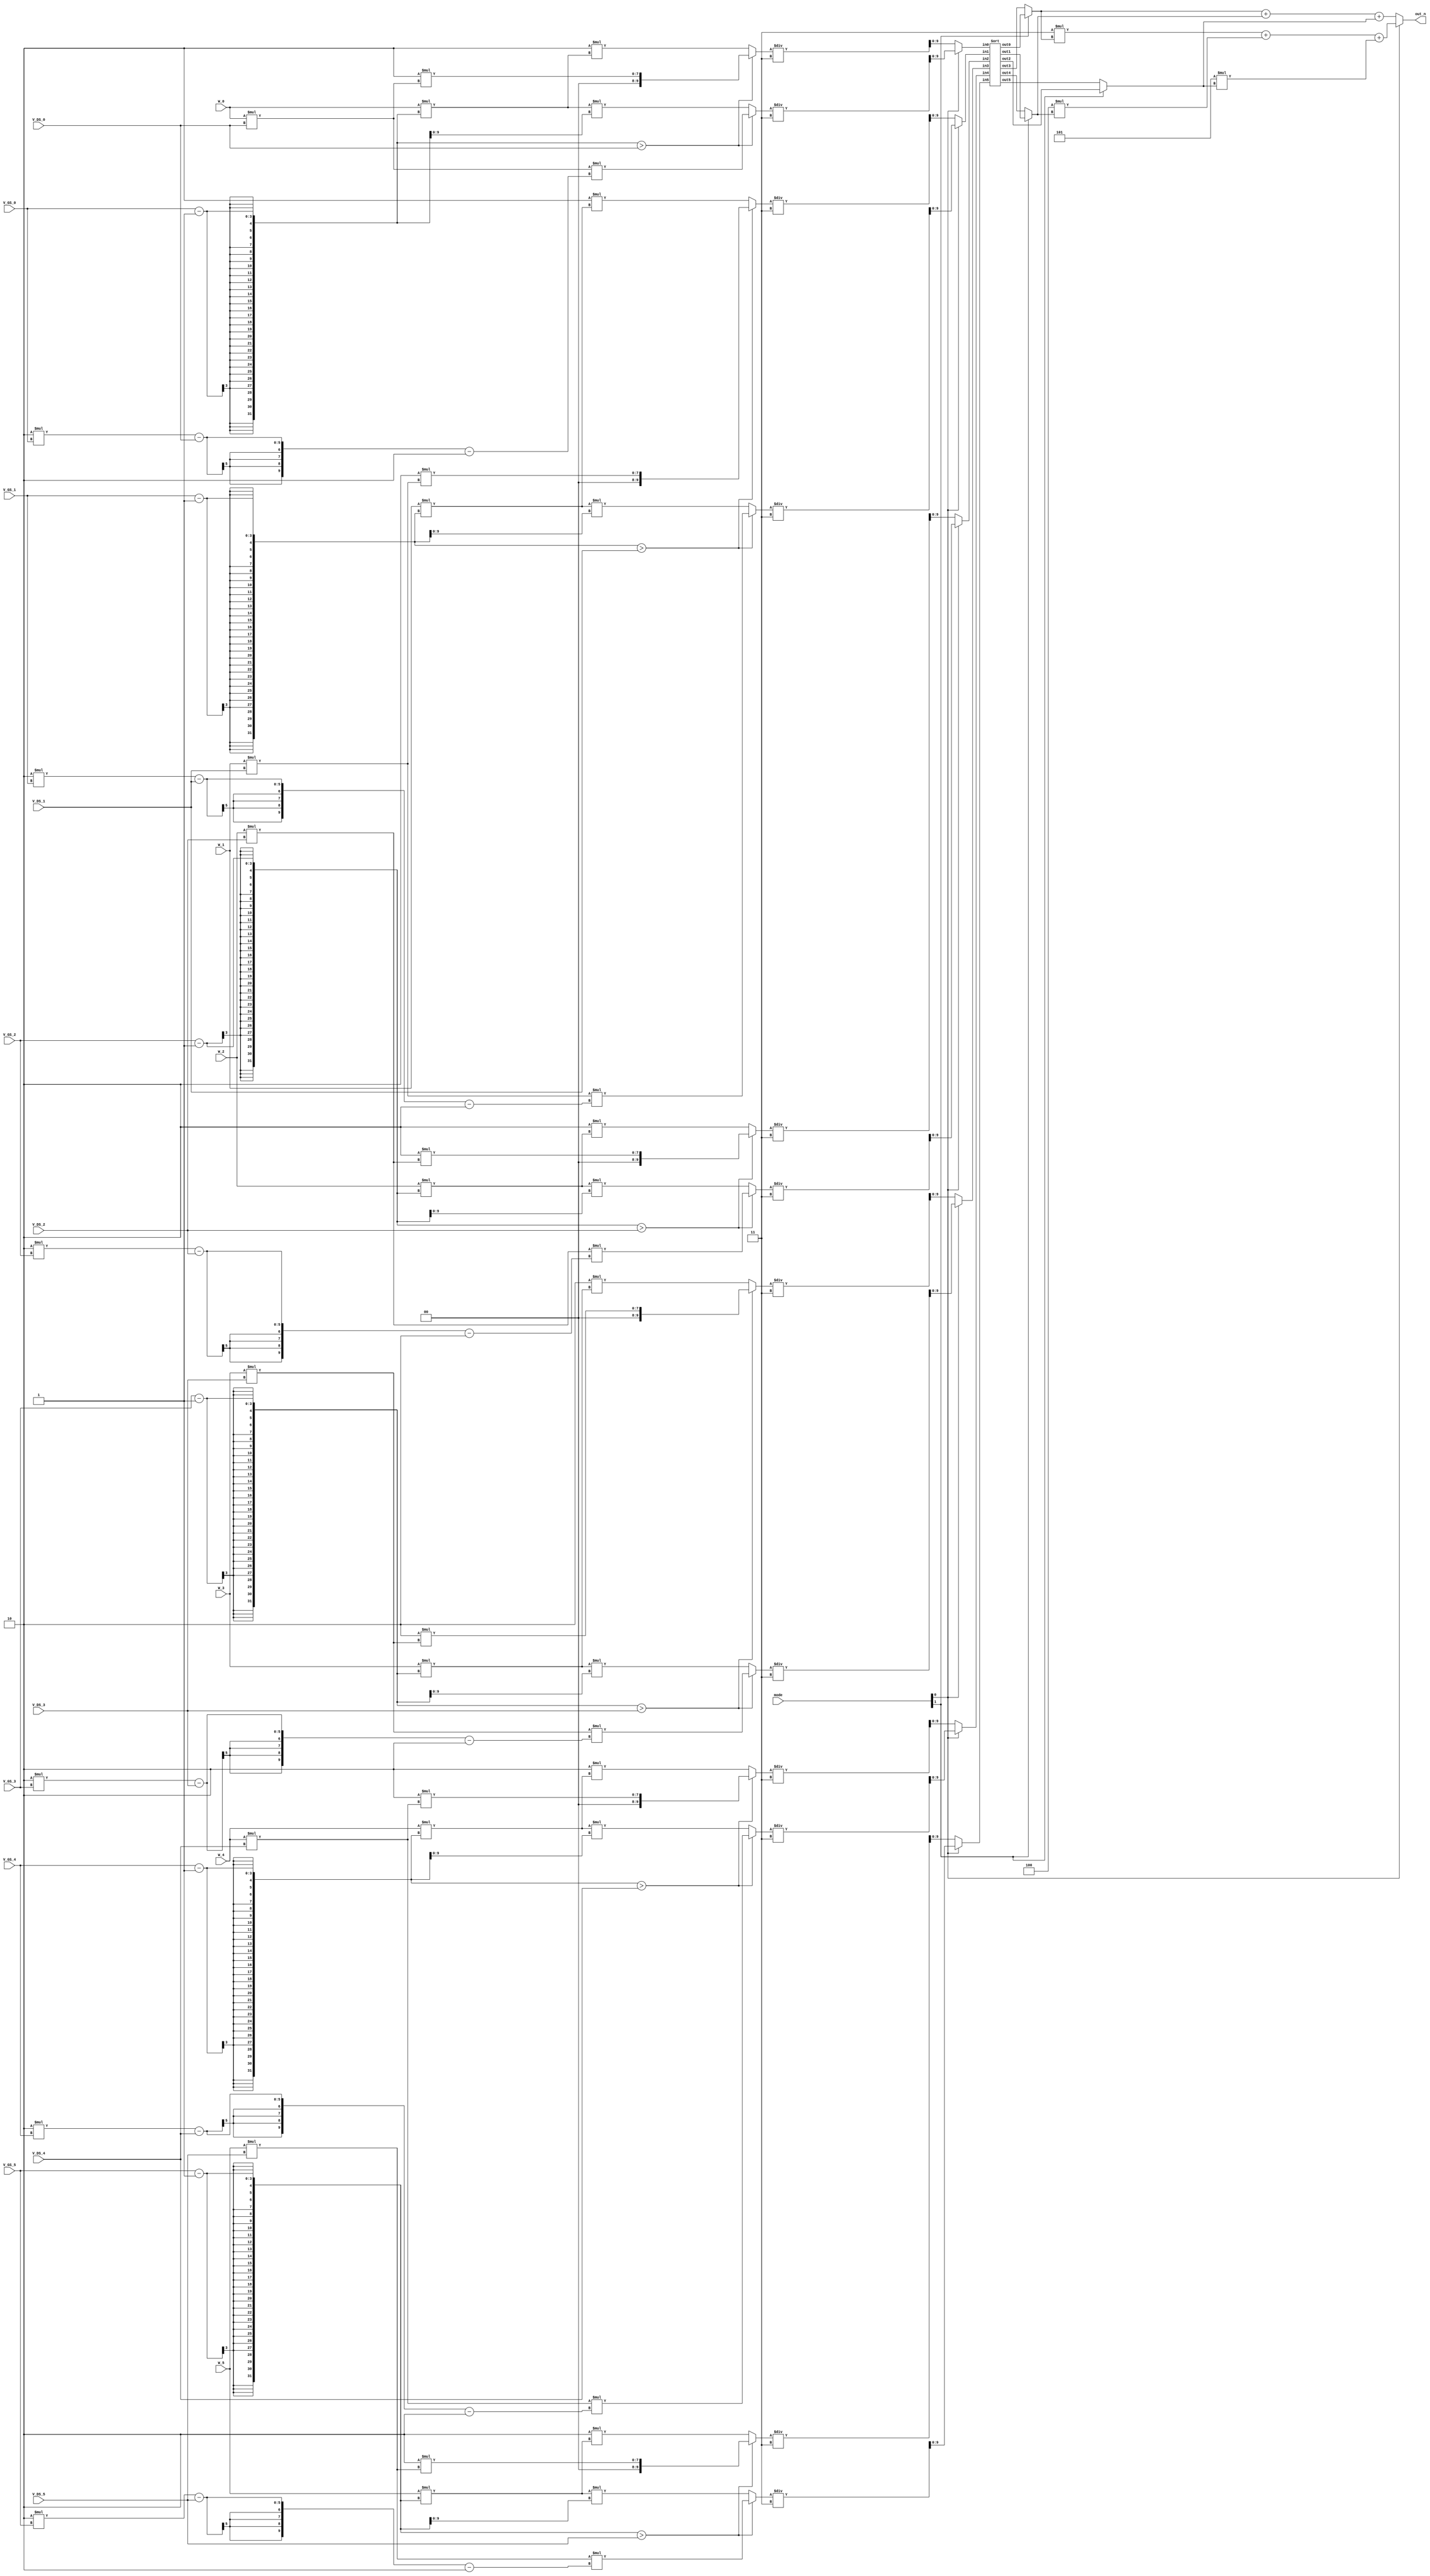
module SMC(
  // Input signals
    mode,
    W_0, V_GS_0, V_DS_0,
    W_1, V_GS_1, V_DS_1,
    W_2, V_GS_2, V_DS_2,
    W_3, V_GS_3, V_DS_3,
    W_4, V_GS_4, V_DS_4,
    W_5, V_GS_5, V_DS_5,   
  // Output signals
    out_n
);

//================================================================
//   INPUT AND OUTPUT DECLARATION                         
//================================================================
input [2:0] W_0, V_GS_0, V_DS_0;
input [2:0] W_1, V_GS_1, V_DS_1;
input [2:0] W_2, V_GS_2, V_DS_2;
input [2:0] W_3, V_GS_3, V_DS_3;
input [2:0] W_4, V_GS_4, V_DS_4;
input [2:0] W_5, V_GS_5, V_DS_5;
input [1:0] mode;
//output [8:0] out_n;         							// use this if using continuous assignment for out_n  // Ex: assign out_n = XXX;
output [9:0] out_n; 								// use this if using procedure assignment for out_n   // Ex: always@(*) begin out_n = XXX; end


//================================================================
//    Wire & Registers 
//================================================================
// Declare the wire/reg you would use in your circuit
// remember 
// wire for port connection and cont. assignment
// reg for proc. assignment
wire [9:0] currents [0:5];
wire [9:0] sort_ [0:5];
wire [9:0] result [0:2];
wire [2:0] W[0:5], V_GS[0:5], V_DS[0:5];

// Compenment
wire [9:0] C_1[0:5],C_2[0:5],C_3[0:5],C_4[0:5],C_5[0:5];

// Current
wire [9:0] I[0:5], G[0:5];


assign W[0] = W_0;
assign V_GS[0] = V_GS_0;
assign V_DS[0] = V_DS_0;

assign W[1] = W_1;
assign V_GS[1] = V_GS_1;
assign V_DS[1] = V_DS_1;

assign W[2] = W_2;
assign V_GS[2] = V_GS_2;
assign V_DS[2] = V_DS_2;

assign W[3] = W_3;
assign V_GS[3] = V_GS_3;
assign V_DS[3] = V_DS_3;

assign W[4] = W_4;
assign V_GS[4] = V_GS_4;
assign V_DS[4] = V_DS_4;

assign W[5] = W_5;
assign V_GS[5] = V_GS_5;
assign V_DS[5] = V_DS_5;

// Create componements
genvar i;
generate
  for (i = 0; i < 6; i = i + 1)begin
    assign C_1[i] = W[i]*V_DS[i];
    assign C_2[i] = 2;
    assign C_3[i] = W[i]*(V_GS[i] - 1);
    assign C_4[i] = V_GS[i] - 1;
    assign C_5[i] = 2*V_GS[i] - V_DS[i] - 2;
  end
endgenerate

// Set Current
generate
  for (i = 0; i < 6; i = i + 1)begin
    assign I[i] = (V_GS[i] - 1 > V_DS[i]) ? C_1[i]*C_5[i] : C_3[i]*C_4[i];
    assign G[i] = (V_GS[i] - 1 > V_DS[i]) ? C_2[i]*C_1[i] : C_2[i]*C_3[i];
    assign currents[i] = (mode[0] == 1'b1) ? I[i]/3 : G[i]/3;
  end
endgenerate

// Sort

Sort sort(.in0(currents[0]), .in1(currents[1]), .in2(currents[2]), .in3(currents[3]), .in4(currents[4]), .in5(currents[5]), .out0(sort_[0]), .out1(sort_[1]), .out2(sort_[2]), .out3(sort_[3]), .out4(sort_[4]), .out5(sort_[5]));

generate
  for (i = 0; i < 3; i = i + 1)begin
    assign result[i] = (mode[1] == 1'b1) ? sort_[i] : sort_[i+3];
  end
endgenerate

assign out_n = (mode[0] == 1'b1) ? 3*result[0] + 4*result[1] + 5*result[2] : result[0] + result[1] + result[2];



endmodule



//================================================================
//   SUB MODULE
//================================================================
module Sort(in0, in1, in2, in3, in4, in5, out0, out1, out2, out3, out4, out5);

input [9:0] in0, in1, in2, in3, in4, in5;
output [9:0] out0, out1, out2, out3, out4, out5;


// Sort nodes
wire [9:0] Layer[0:3][0:5];
wire [9:0] Fourth[0:3];
wire [9:0] Fiveth[0:1];

genvar i;

assign Layer[0][0] = in0;
assign Layer[0][1] = in1;
assign Layer[0][2] = in2;
assign Layer[0][3] = in3;
assign Layer[0][4] = in4;
assign Layer[0][5] = in5;

// Sort

// Layer (First ~ Thrid)
generate
  for (i = 0; i < 3; i = i + 1)begin
    assign Layer[i+1][0] = (Layer[i][0] > Layer[i][1]) ? Layer[i][0] : Layer[i][1];
    assign Layer[i+1][1] = (Layer[i][2] > Layer[i][3]) ? Layer[i][2] : Layer[i][3];

    assign Layer[i+1][2] = (Layer[i][0] > Layer[i][1]) ? Layer[i][1] : Layer[i][0];
    assign Layer[i+1][3] = (Layer[i][4] > Layer[i][5]) ? Layer[i][4] : Layer[i][5];

    assign Layer[i+1][4] = (Layer[i][2] > Layer[i][3]) ? Layer[i][3] : Layer[i][2];
    assign Layer[i+1][5] = (Layer[i][4] > Layer[i][5]) ? Layer[i][5] : Layer[i][4];
    
  end
endgenerate

//Fourth
generate
  for (i = 0; i < 3; i = i + 2)begin
    assign Fourth[i] = (Layer[3][i + 1] > Layer[3][i + 2]) ? Layer[3][i + 1] : Layer[3][i + 2];
    assign Fourth[i + 1] = (Layer[3][i + 1] > Layer[3][i + 2]) ? Layer[3][i + 2] : Layer[3][i + 1];
  end
endgenerate

//Fiveth
assign Fiveth[0] = (Fourth[1] > Fourth[2]) ? Fourth[1] : Fourth[2];
assign Fiveth[1] = (Fourth[1] > Fourth[2]) ? Fourth[2] : Fourth[1];


assign out0 = Layer[3][0];
assign out1 = Fourth[0];
assign out2 = Fiveth[0];
assign out3 = Fiveth[1];
assign out4 = Fourth[3];
assign out5 = Layer[3][5];

endmodule